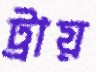
ট্রায়